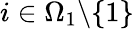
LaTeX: i\in\Omega_{1}\backslash\{ 1\}